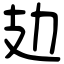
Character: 攰